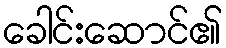
ခေါင်းဆောင်၏